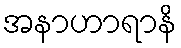
အနာဟာရာနိ